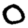
Digit: 0